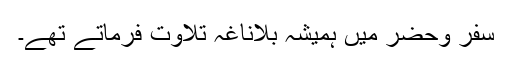
سفر وحضر میں ہمیشہ بلاناغہ تلاوت فرماتے تھے۔